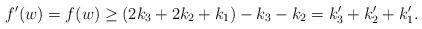
LaTeX: \begin{align*}f'(w)=f(w)\ge (2k_3+2k_2+k_1)-k_3-k_2=k_3'+k'_2+ k_1'.\end{align*}